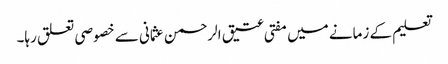
تعلیم کے زمانے میں مفتی عتیق الرحمن عثمانی سے خصوصی تعلق رہا۔